Plague in India, 1896, 1897 - Volume 3
Year: 1896
Disease focus: Plague
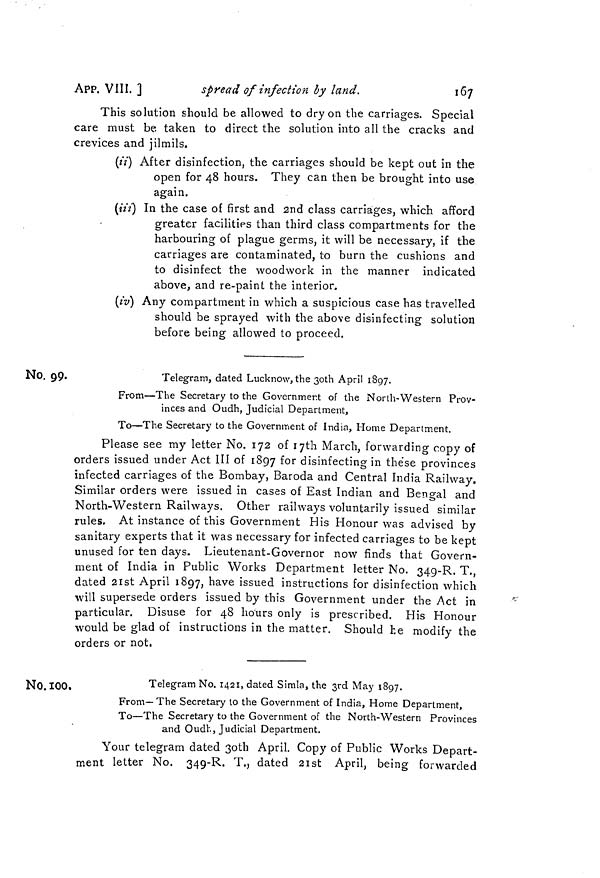
App. VIII. ]
spread of infection by land.
167
This solution should be allowed to dry on the carriages. Special
care must be taken to direct the solution into all the cracks and
crevices and jilmils.
(ii] After disinfection, the carriages should be kept out in the
open for 48 hours. They can then be brought into use
again.
(iii) In the case of first and 2nd class carriages, which afford
greater facilities than third class compartments for the
harbouring of plague germs, it will be necessary, if the
carriages are contaminated, to burn the cushions and
to disinfect the woodwork in the manner indicated
above, and re-paint the interior.
(iv) Any compartment in which a suspicious case has travelled
should be sprayed with the above disinfecting solution
before being allowed to proceed.
No. 99.
Telegram, dated Luck now, the 30th April 1897.
From—The Secretary to the Government of the North-Western Prov-
inces and Oudh, Judicial Department,
To—The Secretary to the Government of India, Home Department.
Please see my letter No. 172 of I7th March, forwarding copy of
orders issued under Act III of 1897 for disinfecting in these provinces
infected carriages of the Bombay, Baroda and Central India Railway.
Similar orders were issued in cases of East Indian and Bengal and
North-Western Railways. Other railways voluntarily issued similar
rules, At instance of this Government His Honour was advised by
sanitary experts that it was necessary for infected carriages to be kept
unused for ten days. Lieutenant-Governor now finds that Govern-
ment of India in Public Works Department letter No. 349-R. T.,
dated 21st April 1897, have issued instructions for disinfection which
will supersede orders issued by this Government under the Act in
particular. Disuse for 48 hours only is prescribed. His Honour
would be glad of instructions in the matter. Should he modify the
orders or not.
No. l00.
Telegram No. 1421, dated Simla, the 3rd May 1897.
From—The Secretary to the Government of India, Home Department,
To—The Secretary to the Government of the North-Western Provinces
and Oudh, Judicial Department.
Your telegram dated 3oth April. Copy of Public Works Depart-
ment letter No. 349-R. T., dated 21st April, being forwarded